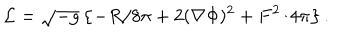
{ \cal L } = \sqrt { - g } \left\{ - R / 8 \pi + 2 ( \nabla \Phi ) ^ { 2 } + F ^ { 2 } / 4 \pi \right\} .